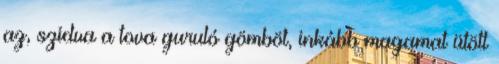
az, szidva a tova guruló gömböt, inkább magamat ütött